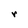
Character: r